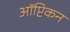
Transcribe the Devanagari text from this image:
ऑप्टिकन